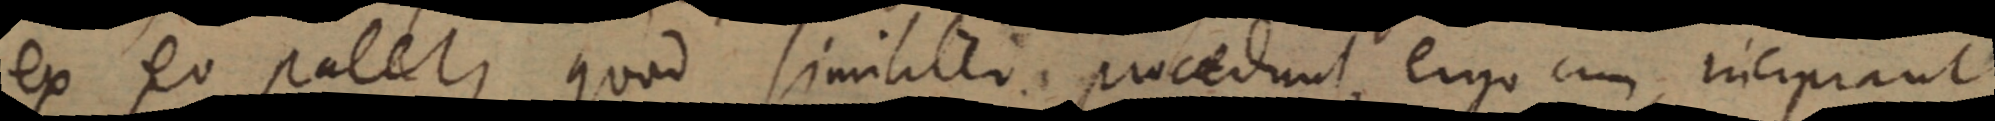
ex eo patet, quod similiter procedunt, ergo cum incipiant